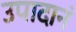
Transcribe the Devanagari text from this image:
उपादानं